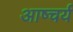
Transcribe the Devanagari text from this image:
आष्चर्य